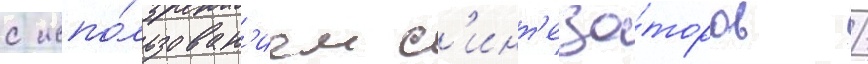
с испо́льзован'ием с'инт'еза́торов /